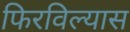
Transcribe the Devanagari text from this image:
फिरविल्यास